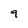
Character: 9